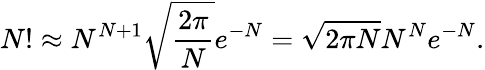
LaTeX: N!\approx N^{N+1}{\sqrt{\frac{2\pi}{N}}}e^{-N}={\sqrt{2\pi N}}N^{N}e^{-N}.